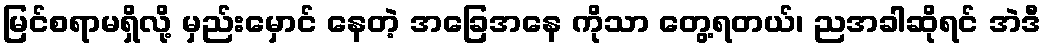
မြင်စရာမရှိလို့ မှည်းမှောင် နေတဲ့ အခြေအနေ ကိုသာ တွေ့ရတယ်၊ ညအခါဆိုရင် အဲဒီ